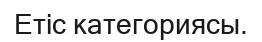
Етіс категориясы.